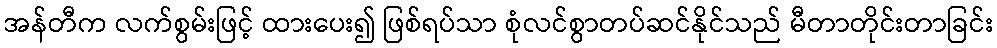
အန်တီက လက်စွမ်းဖြင့် ထားပေး၍ ဖြစ်ရပ်သာ စုံလင်စွာတပ်ဆင်နိုင်သည် မီတာတိုင်းတာခြင်း